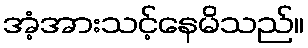
အံ့အားသင့်နေမိသည်။